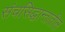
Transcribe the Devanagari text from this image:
संचसिद्धान्तातील